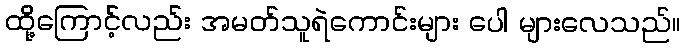
ထို့ကြောင့်လည်း အမတ်သူရဲကောင်းများ ပေါ များလေသည်။